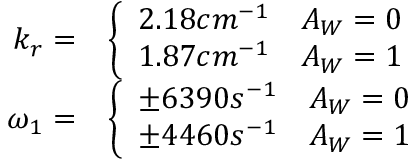
\begin{array} { r l } { k _ { r } = } & { \left\{ \begin{array} { l l } { 2 . 1 8 c m ^ { - 1 } } & { A _ { W } = 0 } \\ { 1 . 8 7 c m ^ { - 1 } } & { A _ { W } = 1 } \end{array} \right. } \\ { \omega _ { 1 } = } & { \left\{ \begin{array} { l l } { \pm 6 3 9 0 s ^ { - 1 } } & { A _ { W } = 0 } \\ { \pm 4 4 6 0 s ^ { - 1 } } & { A _ { W } = 1 } \end{array} \right. } \end{array}